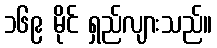
၁၆၉ မိုင် ရှည်လျားသည်။